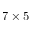
7 \times 5